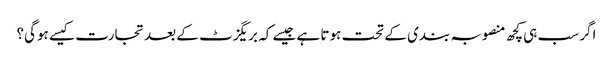
اگر سب ہی کچھ منصوبہ بندی کے تحت ہوتا ہے جیسے کہ بریگزٹ کے بعد تجارت کیسے ہوگی؟